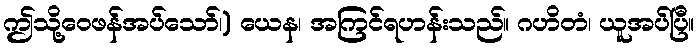
ဤသို့ဝေဖန်အပ်သော်၊) ယေန၊ အကြင်ရဟန်းသည်။ ဂဟိတံ၊ ယူအပ်ပြီ။